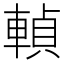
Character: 䡠